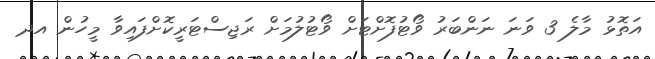
އަތޮޅު މާލެ 3 ވަނަ ނަންބަރު ވޯޓުފޮށްޓަށް ވޯޓުލުމަށް ރަޖިސްޓަރީކޮށްފައިވާ މީހުން އދ